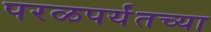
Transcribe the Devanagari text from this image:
परळपर्यंतच्या